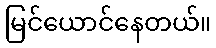
မြင်ယောင်နေတယ်။